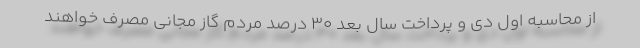
از محاسبه اول دی و پرداخت سال بعد ۳۰ درصد مردم گاز مجانی مصرف خواهند